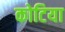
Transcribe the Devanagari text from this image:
कोटिया